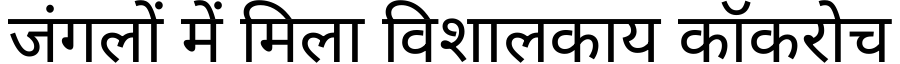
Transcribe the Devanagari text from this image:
जंगलों में मिला विशालकाय कॉकरोच